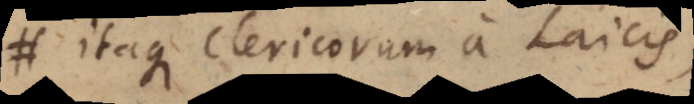
Itaque Clericorum a Laicis,